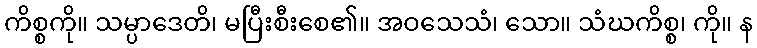
ကိစ္စကို။ သမ္ပာဒေတိ၊ မပြီးစီးစေ၏။ အဝသေသံ၊ သော။ သံဃကိစ္စ၊ ကို။ န